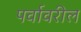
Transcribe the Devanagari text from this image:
पर्वावरील